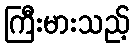
ကြီးမားသည့်